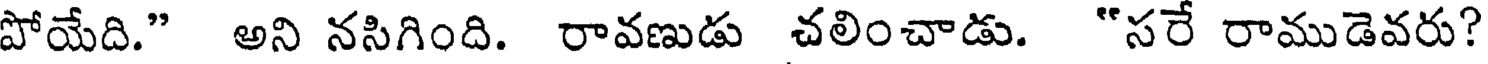
పోయేది." అని నసిగింది. రావణుడు చలించాడు. "సరే రాముడెవరు?